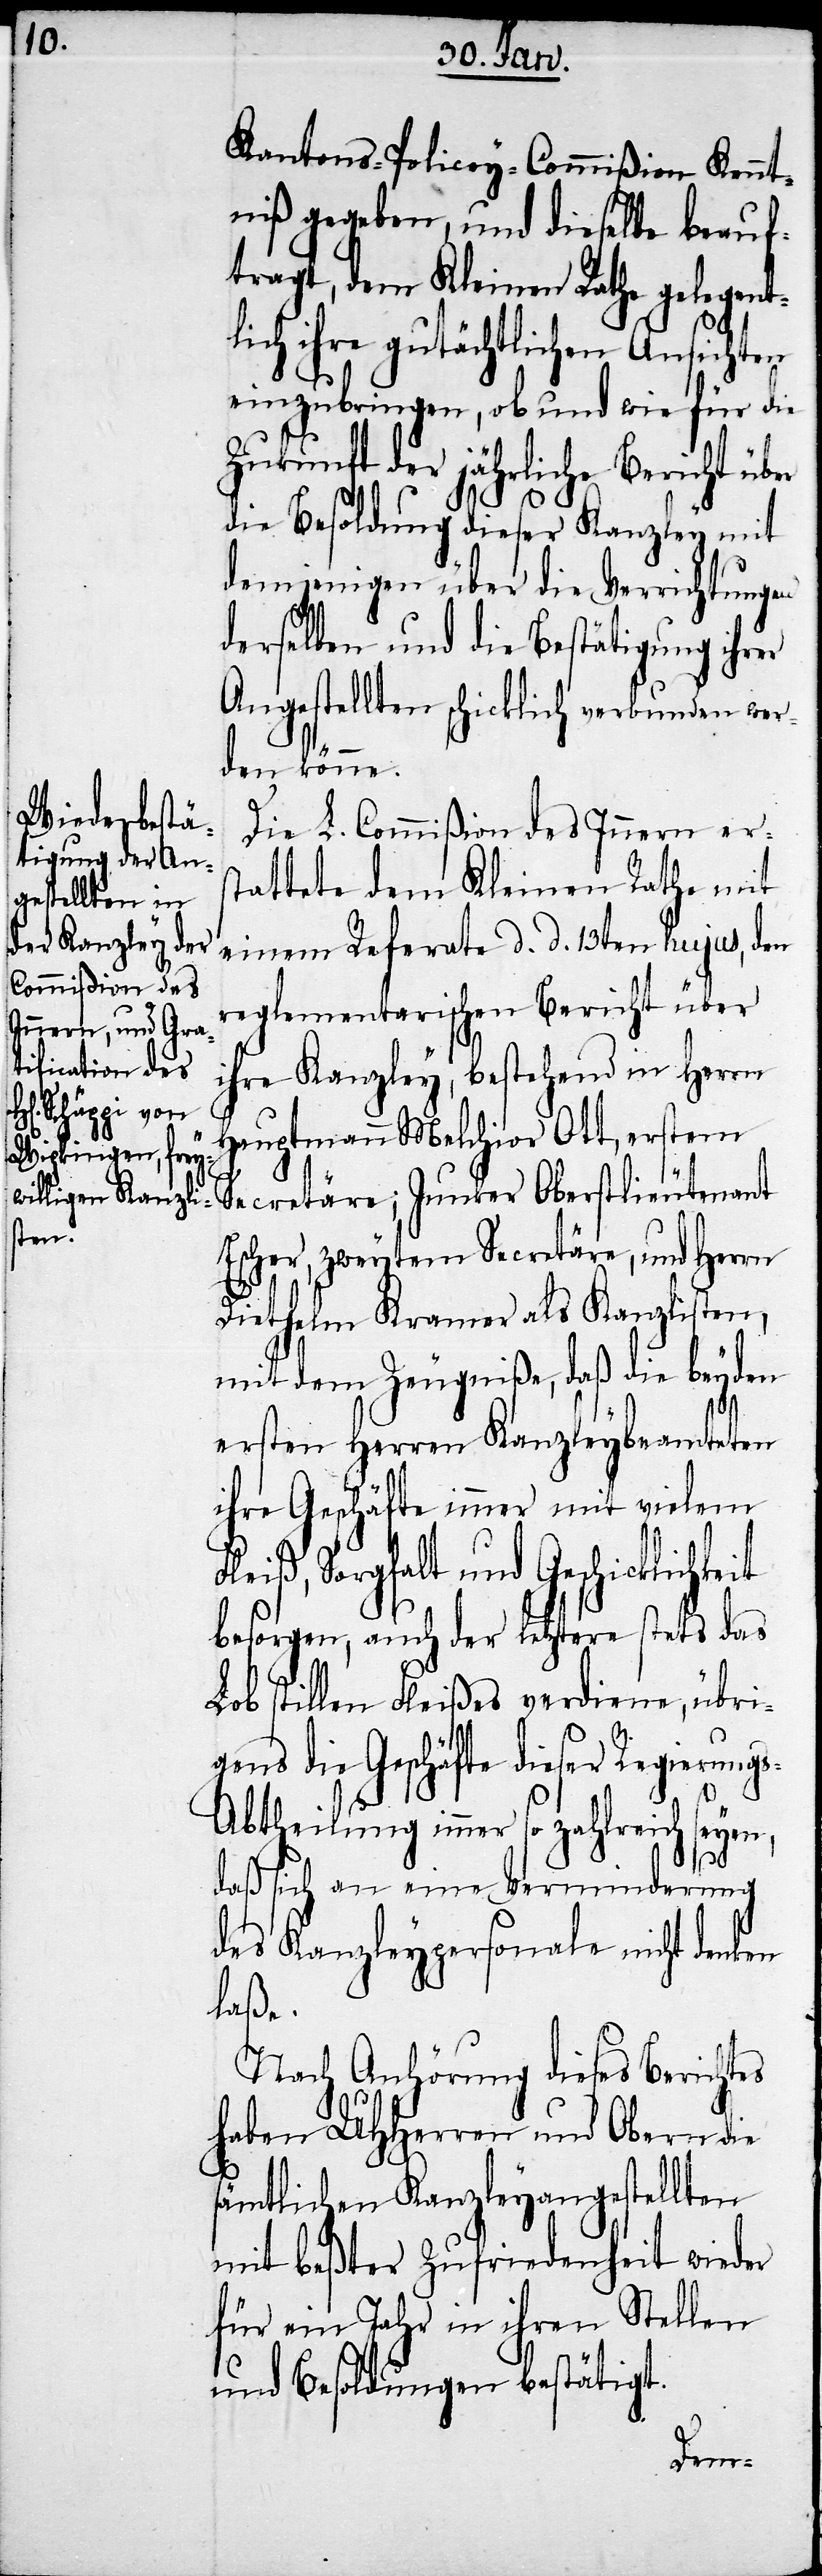
Die L. Commißion des Innern ers¬
tattete dem Kleinen Rathe mit
einem Referate d. d. 13ten hujus, den
reglementarischen Bericht über
ihre Kanzley, bestehend in Herrn
Hauptmann Melchior Ott, erstem
Secretäre; Junker Oberstlieutenant
Escher, zweytem Secretäre, und Herrn
Diethelm Kramer als Kanzlisten,
mit dem Zeugniße, daß die beyden
ersten Herren Kanzleybeamteten
ihre Geschäfte immer mit vielem
Fleiß, Sorgfalt und Geschicklichkeit
besorgen, auch der letztere stets das
Lob stillen Fleißes verdiene, übri¬
gens die Geschäfte dieser Regierung¬
s-Abtheilung immer so zahlreich seyen,
daß sich an eine Verminderung
des Kanzleypersonale nicht denken
laße.
Nach Anhörung dieses Berichtes
haben UHHerren und Obern die
sämtlichen Kanzleyangestellten
mit beßter Zufriedenheit wieder
für ein Jahr in ihren Stellen
und Besoldungen bestätigt.